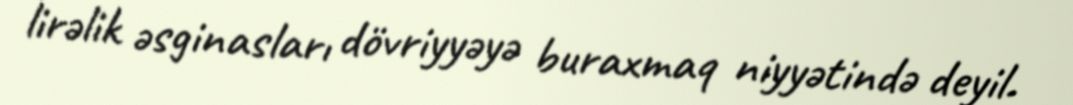
lirəlik əsginasları dövriyyəyə buraxmaq niyyətində deyil.